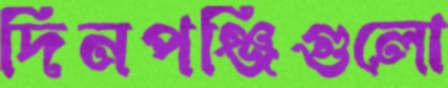
দিনপঞ্জিগুলো